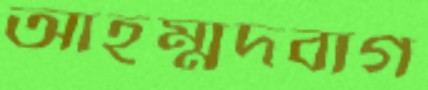
আহম্মদবাগ